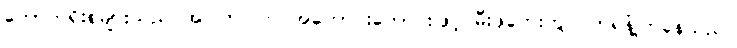
ကောက်ရိုးစများသည် အပြတ်ပြတ် အတောင်းတောင်းဖြင့် မီးဖိုဘေးတွင် တရနံ့ကြဲနေသည်။